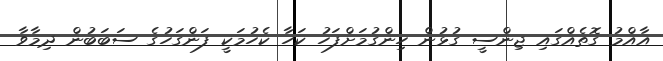
އާއްމު ގޮތެއްގައި ޖިންސީ ގުޅުން ހިންގުމަށްފަހު ކަހާ ކެހުމަކީ ފަންގަހުގެ ސަބަބުން ދިމާވާ